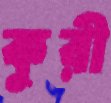
কুরী